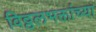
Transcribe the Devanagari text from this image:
विठ्ठलभक्तांच्या